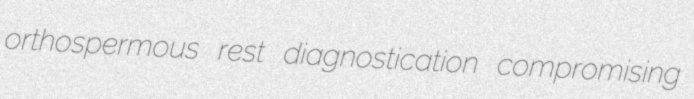
orthospermous rest diagnostication compromising